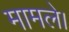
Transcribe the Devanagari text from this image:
मामले।